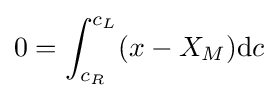
0=\int _{c_{R}}^{c_{L}}(x-X_{M})\mathrm {d} c